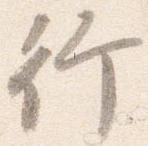
行